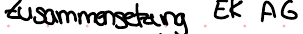
Zusammensetzung EK AG